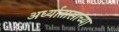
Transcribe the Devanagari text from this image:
अर्ध्यातासाच्या